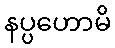
နပ္ပဟောမိ